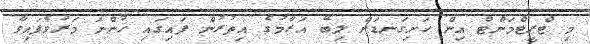
މި ޓްރީޓްމަންޓް އިން ހަށިގަނޑަށް ލިބޭ އަރާމުގެ އިތުރުން ފައިގައި ހުންނަ މަރުވެފައިވާ